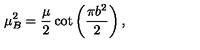
\mu _ { B } ^ { 2 } = \frac { \mu } { 2 } \cot \left( \frac { \pi b ^ { 2 } } { 2 } \right) ,